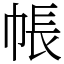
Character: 帳